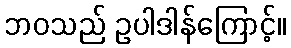
ဘဝသည် ဥပါဒါန်ကြောင့်။